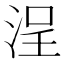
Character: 浧